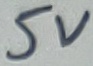
Text: 5V